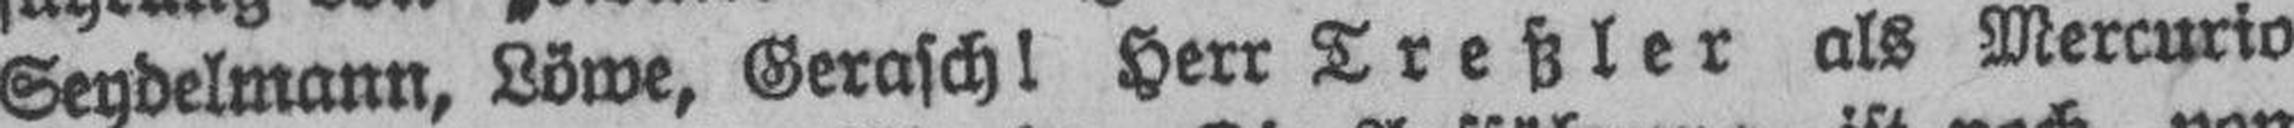
Seydelmann, Löwe, Gerasch! Herr Treßler als Mercurio